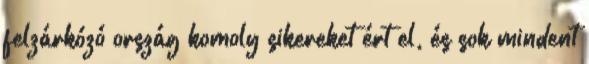
felzárkózó ország komoly sikereket ért el, és sok mindent